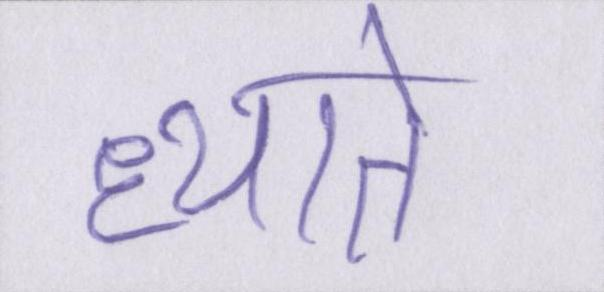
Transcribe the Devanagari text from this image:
ध्याते